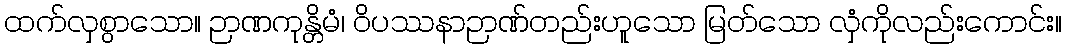
ထက်လှစွာသော။ ဉာဏကုန္တိမံ၊ ဝိပဿနာဉာဏ်တည်းဟူသော မြတ်သော လှံကိုလည်းကောင်း။